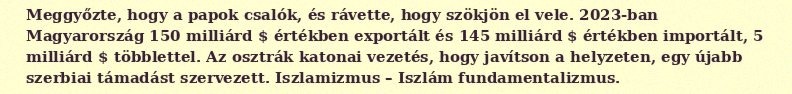
Meggyőzte, hogy a papok csalók, és rávette, hogy szökjön el vele. 2023-ban Magyarország 150 milliárd $ értékben exportált és 145 milliárd $ értékben importált, 5 milliárd $ többlettel. Az osztrák katonai vezetés, hogy javítson a helyzeten, egy újabb szerbiai támadást szervezett. Iszlamizmus – Iszlám fundamentalizmus.